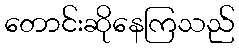
တောင်းဆိုနေကြသည်